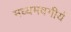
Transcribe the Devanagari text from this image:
मध्यमवगीर्य